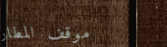
موقف المطار